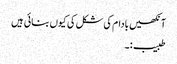
آنکھیں بادام کی شکل کی کیوں بنائی ہیں
طبیب:۔